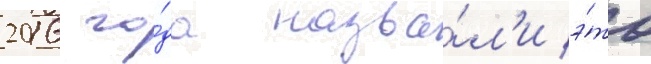
2016 го́да назва́л'и э́то